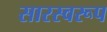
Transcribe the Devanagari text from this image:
सारस्वरूप